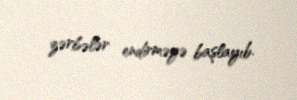
zərbələr endirməyə başlayıb.